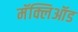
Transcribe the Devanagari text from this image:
मॅक्लिऑड